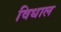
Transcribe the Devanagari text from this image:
विधाल